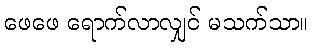
ဖေဖေ ရောက်လာလျှင် မသက်သာ။